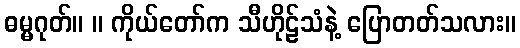
ဓမ္မဂုတ်။ ။ ကိုယ်တော်က သီဟိုဠ်သံနဲ့ ပြောတတ်သလား။